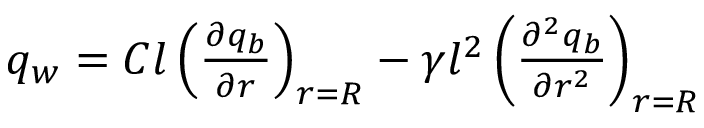
\begin{array} { r } { q _ { w } = C l \left( \frac { \partial q _ { b } } { \partial r } \right) _ { r = R } - \gamma l ^ { 2 } \left( \frac { \partial ^ { 2 } q _ { b } } { \partial r ^ { 2 } } \right) _ { r = R } } \end{array}